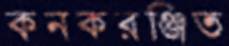
কনকরঞ্জিত